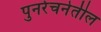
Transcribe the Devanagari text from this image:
पुनर्रचनेतील